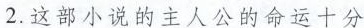
2.这部小说的主人公的命运十分